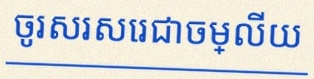
ចូរសរសេរជាចម្លើយ